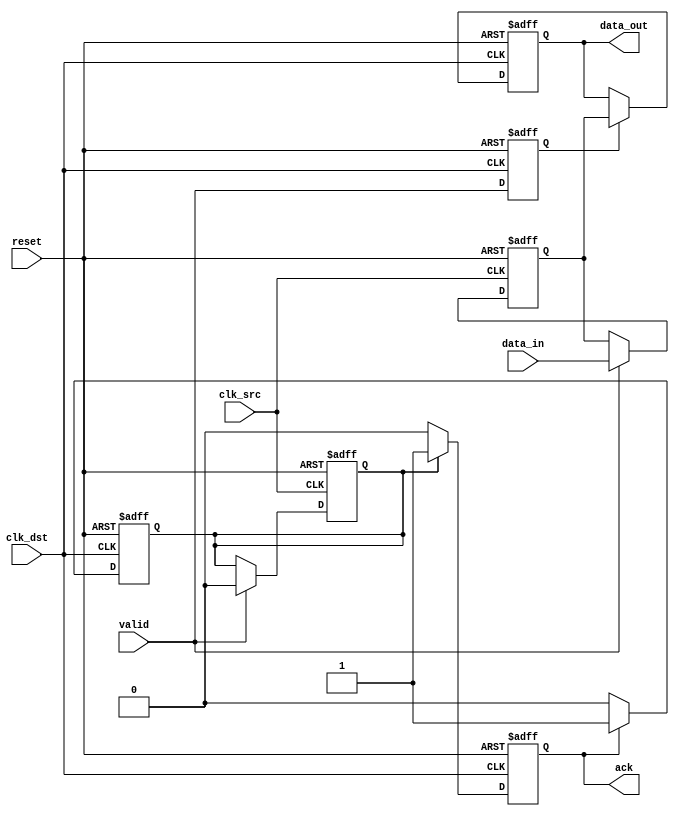
module handshake_synchronizer #(
    parameter DATA_WIDTH = 8  // Parameter for data width
)(
    // Input signals
    input wire clk_src,        // Source clock domain
    input wire clk_dst,        // Destination clock domain
    input wire reset,          // Reset signal
    input wire [DATA_WIDTH-1:0] data_in, // Data input from source domain
    input wire valid,          // Valid signal indicating data is ready

    // Output signals
    output reg [DATA_WIDTH-1:0] data_out, // Synchronized data output
    output reg ack             // Acknowledgment signal
);

    // Internal signals for synchronization
    reg valid_sync1, valid_sync2; // Synchronization registers for valid signal
    reg [DATA_WIDTH-1:0] data_buffer; // Buffer for data
    reg ack_internal; // Internal acknowledgment signal

    // Source clock domain logic
    always @(posedge clk_src or posedge reset) begin
        if (reset) begin
            data_buffer <= 0;
            ack_internal <= 0;
        end else if (valid) begin
            data_buffer <= data_in; // Capture data when valid
            ack_internal <= 0; // Reset ack_internal until acknowledged
        end
    end

    // Destination clock domain logic
    always @(posedge clk_dst or posedge reset) begin
        if (reset) begin
            data_out <= 0;
            ack <= 0;
            valid_sync1 <= 0;
            valid_sync2 <= 0;
        end else begin
            // Synchronize valid signal
            valid_sync1 <= valid_sync2; // First flip-flop
            valid_sync2 <= valid;        // Second flip-flop

            // Check for valid data and synchronize it
            if (valid_sync2) begin
                data_out <= data_buffer; // Transfer data to output
            end

            // Acknowledge when data_out has been processed
            if (ack_internal) begin
                ack <= 1; // Set ack high when acknowledged
            end else begin
                ack <= 0; // Reset ack if not acknowledged
            end
        end
    end

    // Acknowledgment logic
    always @(posedge clk_dst or posedge reset) begin
        if (reset) begin
            ack_internal <= 0;
        end else if (ack) begin
            ack_internal <= 1; // Set internal ack when received
        end else begin
            ack_internal <= 0; // Reset internal ack
        end
    end

endmodule